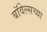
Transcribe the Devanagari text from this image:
बॉवेल्सच्या